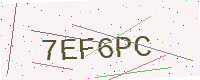
Text: 7EF6PC